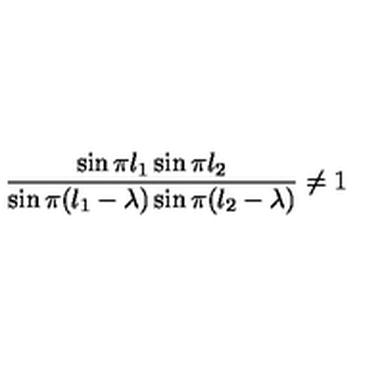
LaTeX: \frac { \sin \pi l _ { 1 } \sin \pi l _ { 2 } } { \sin \pi ( l _ { 1 } - \lambda ) \sin \pi ( l _ { 2 } - \lambda ) } \not = 1